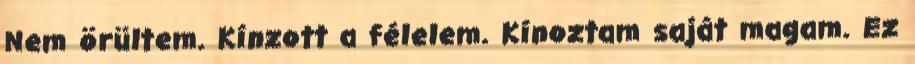
Nem örültem. Kínzott a félelem. Kínoztam saját magam. Ez